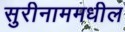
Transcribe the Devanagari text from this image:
सुरीनाममधील